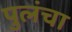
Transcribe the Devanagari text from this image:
पुलंचा